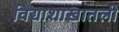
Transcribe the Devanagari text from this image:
विद्याशाखातली